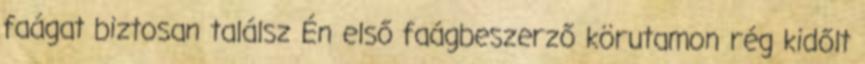
faágat biztosan találsz Én első faágbeszerző körutamon rég kidőlt